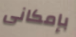
بإمكانى